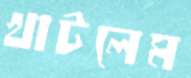
খাটলেম